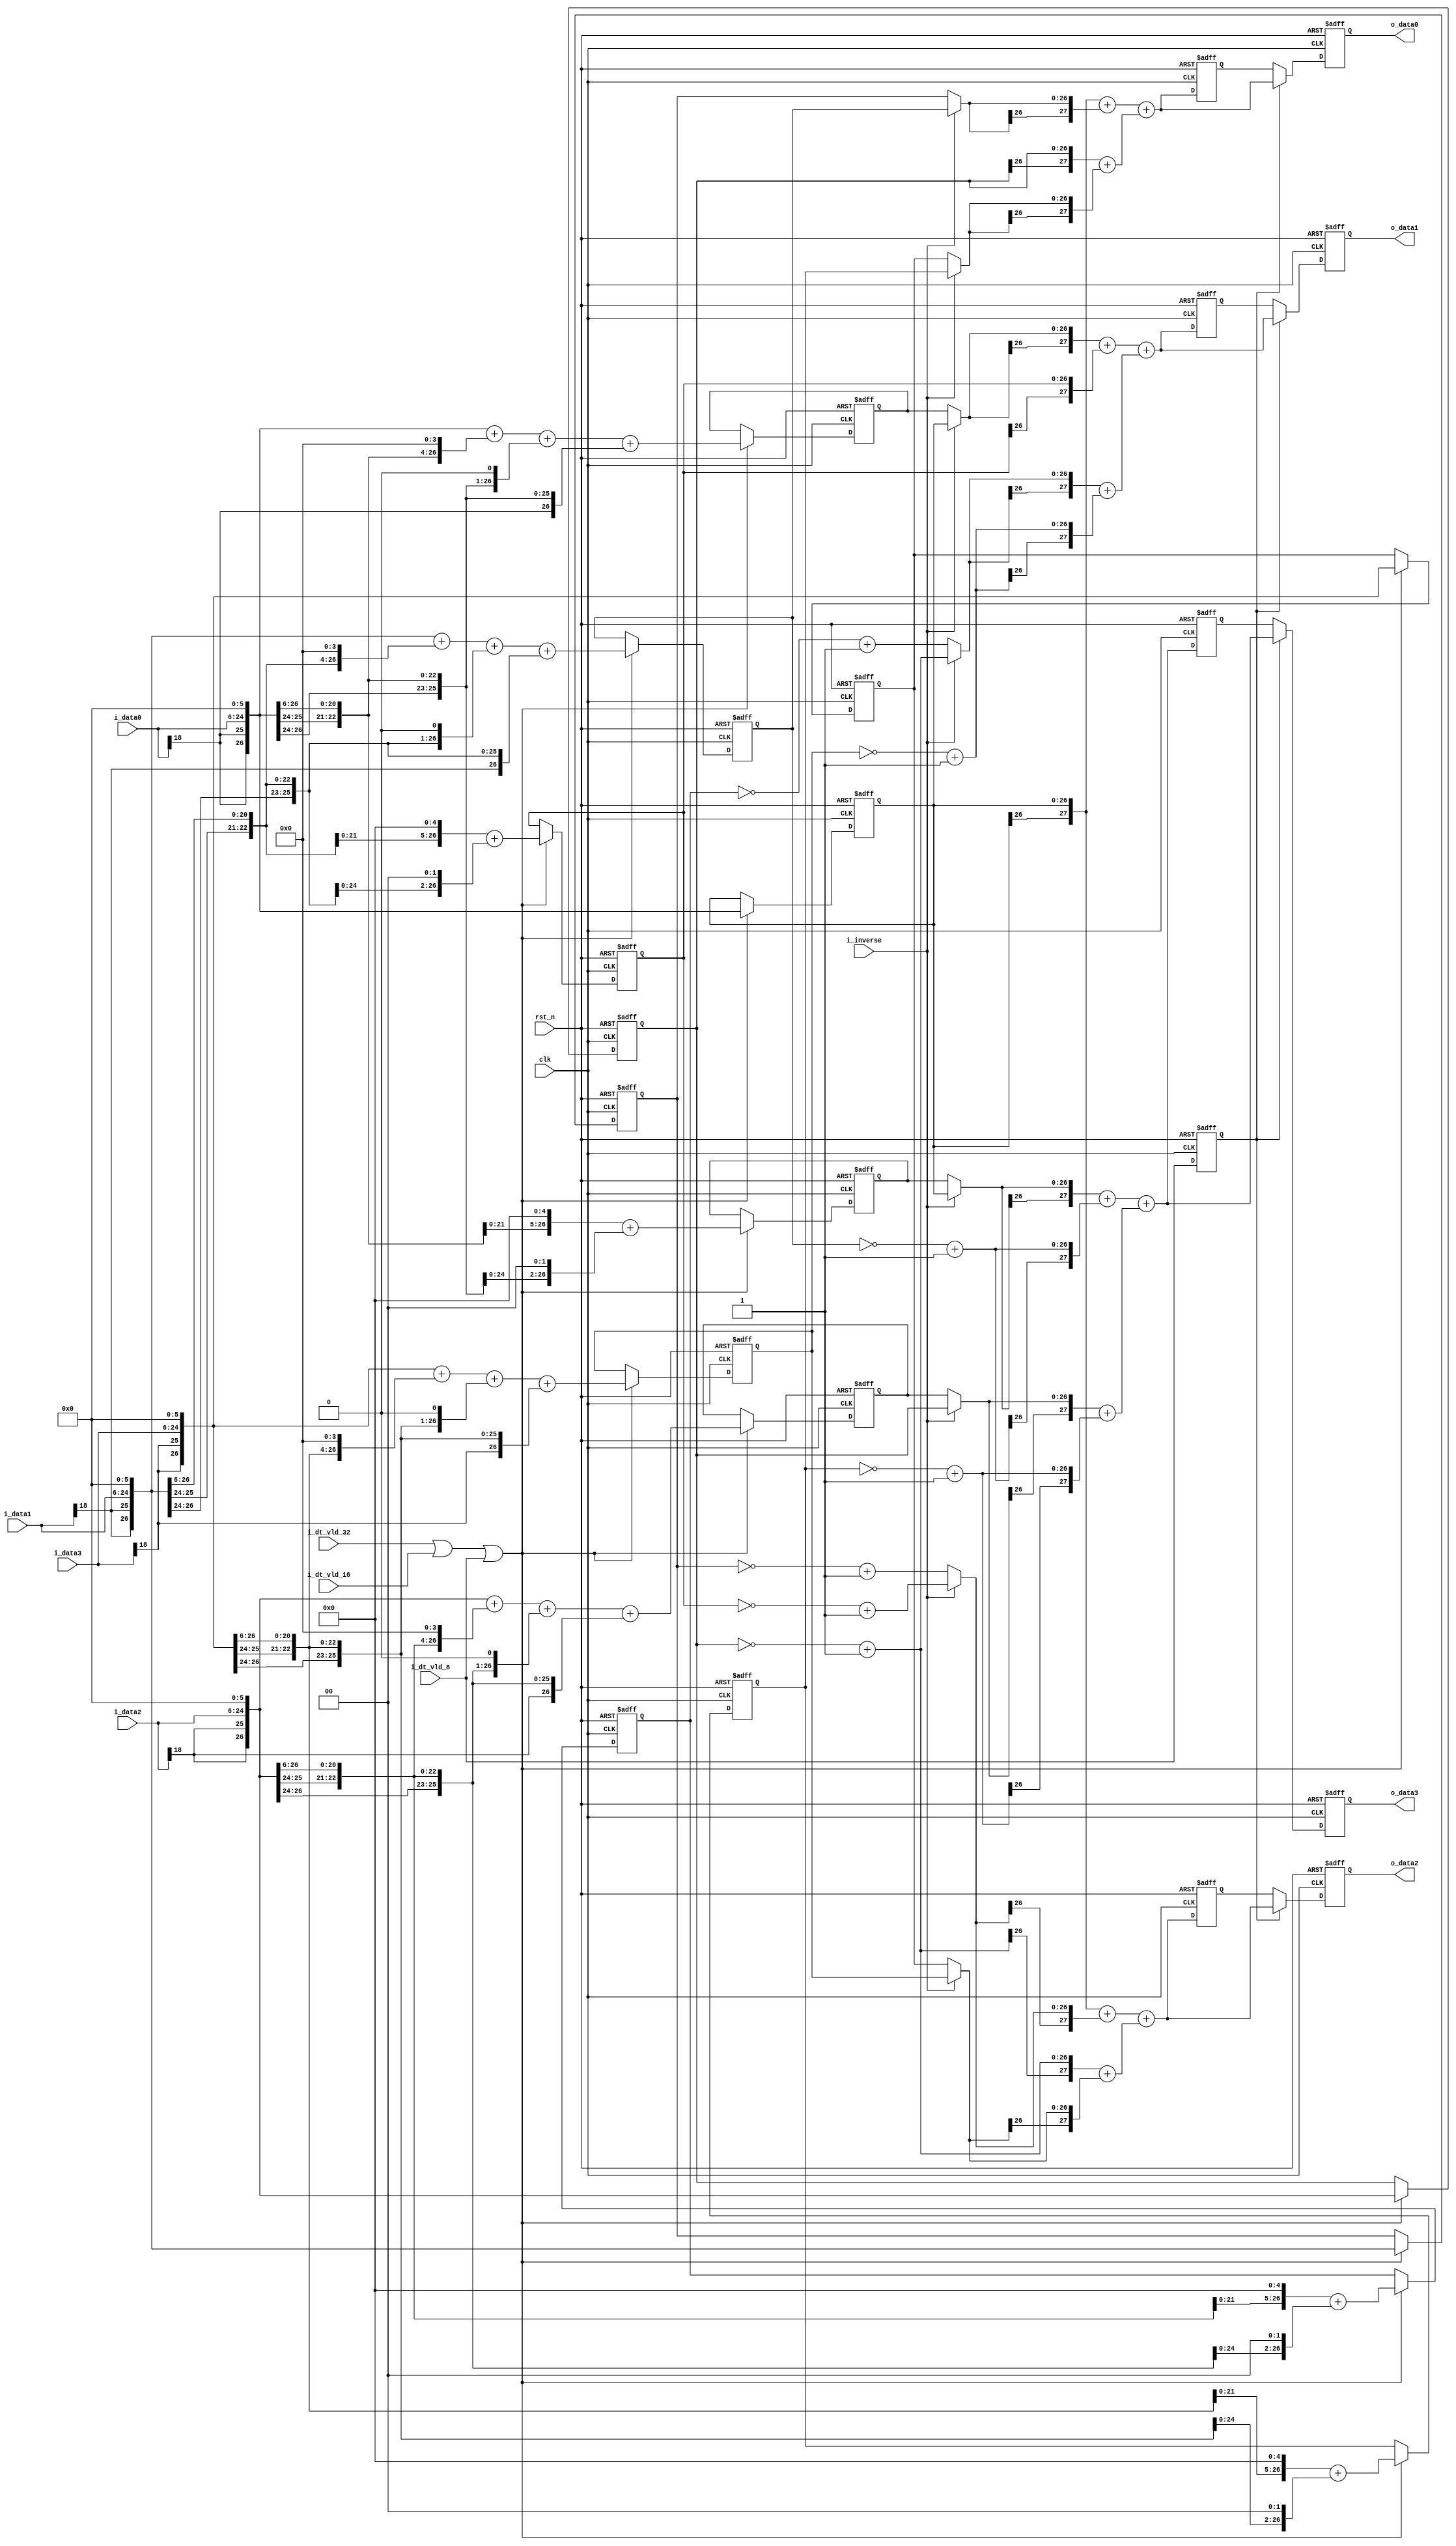
//company       : xm tech
//project name  : H265
//top module    : dct_top_2d.v
//data          : 2018.01.15
//delay         : 1 clk 
//describe      :
//modification  :
//v1.0          :

module re_level3(
	clk            ,
	rst_n          ,
	i_inverse      ,
	i_dt_vld_32    ,//data valid
        i_dt_vld_16    ,
        i_dt_vld_8     ,
	i_data0	       ,
	i_data1	       ,
	i_data2	       ,
	i_data3	       ,
//-------------a4----------//
	o_data0     ,  
        o_data1     ,
        o_data2     , 
        o_data3   
);

input   	clk            ;
input   	rst_n          ;
input           i_inverse      ;
input [18:0]	i_data0	       ;
input [18:0]    i_data1        ;
input [18:0]    i_data2        ;
input [18:0]    i_data3        ;
input  	        i_dt_vld_32     ;
input           i_dt_vld_16     ;
input           i_dt_vld_8      ;

//---------------dct32x32 dct16x16 dct8x8---------------//
output  [27:0]     o_data0     ;
output  [27:0]     o_data1     ; 
output  [27:0]     o_data2     ;
output  [27:0]     o_data3     ; 
//---------------------row0--------------------------//
reg                dt_vld8_d1  ;
wire [26:0]        data0_64    ;               
wire [26:0]        data0_2     ;
wire [26:0]        data0_16    ;
wire [26:0]        data0       ;
wire [26:0]        data0_83    ;
wire [26:0]        data0_4     ;
wire [26:0]        data0_32    ;
wire [26:0]        data0_36    ;
wire [26:0]        data1_64    ;
wire [26:0]        data1_16    ;
wire [26:0]        data1_2     ;
wire [26:0]        data1       ;
wire [26:0]        data1_83    ;
wire [26:0]        data1_32    ;
wire [26:0]        data1_4     ;
wire [26:0]        data1_36    ;
wire [26:0]        data2_64    ;
wire [26:0]        data2_16    ;
wire [26:0]        data2_2     ;
wire [26:0]        data2       ;
wire [26:0]        data2_83    ;
wire [26:0]        data2_32    ;
wire [26:0]        data2_4     ;
wire [26:0]        data2_36    ;
wire [26:0]        data3_64    ;
wire [26:0]        data3_16    ;
wire [26:0]        data3_2     ;
wire [26:0]        data3       ;
wire [26:0]        data3_83    ;
wire [26:0]        data3_32    ;
wire [26:0]        data3_4     ;
wire [26:0]        data3_36    ;
//---------------------------//
reg  [26:0]        data0_64_d1 ;
reg  [26:0]        data0_83_d1 ;
reg  [26:0]        data0_36_d1 ;

reg  [26:0]        data1_64_d1 ;
reg  [26:0]        data1_83_d1 ;
reg  [26:0]        data1_36_d1 ;

reg  [26:0]        data2_64_d1 ;
reg  [26:0]        data2_83_d1 ;
reg  [26:0]        data2_36_d1 ;

reg  [26:0]        data3_64_d1 ;
reg  [26:0]        data3_83_d1 ;
reg  [26:0]        data3_36_d1 ;

//--------------------------row0----------------------//
wire [26:0]     data0_row0      ;
wire [26:0]     data1_row0      ; 
wire [26:0]     data2_row0      ;
wire [26:0]     data3_row0      ;
wire [27:0]     data_row0_stp0  ;
wire [27:0]     data_row0_stp1  ;
wire [27:0]     data_row0       ;
reg  [27:0]     data_row0_d1    ;
reg  [27:0]     o_data0         ;
//--------------------------row1----------------------//

wire [26:0]     data0_row1      ;
wire [26:0]     data1_row1      ; 
wire [26:0]     data2_row1      ;
wire [26:0]     data3_row1      ;
wire [27:0]     data_row1_stp0  ;
wire [27:0]     data_row1_stp1  ;
wire [27:0]     data_row1       ;
reg  [27:0]     data_row1_d1    ;
reg  [27:0]     o_data1         ;
//--------------------------row2----------------------//

wire [26:0]     data0_row2      ;
wire [26:0]     data1_row2      ; 
wire [26:0]     data2_row2      ;
wire [26:0]     data3_row2      ;
wire [27:0]     data_row2_stp0  ;
wire [27:0]     data_row2_stp1  ;
wire [27:0]     data_row2       ;
reg  [27:0]     data_row2_d1    ;
reg  [27:0]     o_data2         ;
//--------------------------row3------------------------//

wire [26:0]     data0_row3      ;
wire [26:0]     data1_row3      ; 
wire [26:0]     data2_row3      ;
wire [26:0]     data3_row3      ;
wire [27:0]     data_row3_stp0  ;
wire [27:0]     data_row3_stp1  ;
wire [27:0]     data_row3       ;
reg  [27:0]     data_row3_d1    ;
reg  [27:0]     o_data3         ;

//---------------------------------------------------//
always @(posedge clk or negedge rst_n)
begin
	if(!rst_n)
		dt_vld8_d1 <= 1'b0;
	else
		dt_vld8_d1 <= i_dt_vld_8;
end 

//data0
assign data0_64 = {{2{i_data0[18]}},i_data0,6'd0};

assign data0_2  = {{7{i_data0[18]}},i_data0,1'd0};
assign data0_16 = {{4{i_data0[18]}},i_data0,4'd0};
assign data0    = {{8{i_data0[18]}},i_data0};
assign data0_83 = data0_64 + data0_16 + data0_2 + data0;

assign data0_4  = {{6{i_data0[18]}},i_data0,2'd0};
assign data0_32 = {{3{i_data0[18]}},i_data0,5'd0};
assign data0_36 = data0_32 + data0_4;

//data1
assign data1_64 = {{2{i_data1[18]}},i_data1,6'd0};

assign data1_16 = {{4{i_data1[18]}},i_data1,4'd0};
assign data1_2  = {{7{i_data1[18]}},i_data1,1'd0};
assign data1    = {{8{i_data1[18]}},i_data1};
assign data1_83 = data1_64 + data1_16 + data1_2 + data1;

assign data1_32 = {{3{i_data1[18]}},i_data1,5'd0};
assign data1_4  = {{6{i_data1[18]}},i_data1,2'd0};
assign data1_36 = data1_32 + data1_4;
//data2
assign data2_64 = {{2{i_data2[18]}},i_data2,6'd0};

assign data2_16 = {{4{i_data2[18]}},i_data2,4'd0};
assign data2_2  = {{7{i_data2[18]}},i_data2,1'd0};
assign data2    = {{8{i_data2[18]}},i_data2};
assign data2_83 = data2_64 + data2_16 + data2_2 + data2;

assign data2_32 = {{3{i_data2[18]}},i_data2,5'd0};
assign data2_4  = {{6{i_data2[18]}},i_data2,2'd0};
assign data2_36 = data2_32 + data2_4;

//data3
assign data3_64 = {{2{i_data3[18]}},i_data3,6'd0};

assign data3_16 = {{4{i_data3[18]}},i_data3,4'd0};
assign data3_2  = {{7{i_data3[18]}},i_data3,1'd0};
assign data3    = {{8{i_data3[18]}},i_data3};
assign data3_83 = data3_64 + data3_16 + data3_2 + data3;

assign data3_32 = {{3{i_data3[18]}},i_data3,5'd0};
assign data3_4  = {{6{i_data3[18]}},i_data3,2'd0};
assign data3_36 = data3_32 + data3_4;

//---------delay---------//
//data0
always @(posedge clk or negedge rst_n)
begin
	if(!rst_n)
		data0_64_d1 <= 27'd0;
	else if(i_dt_vld_32 || i_dt_vld_16 || i_dt_vld_8)
		data0_64_d1 <= data0_64;
end

always @(posedge clk or negedge rst_n)
begin
	if(!rst_n)
		data0_83_d1 <= 27'd0;
	else if(i_dt_vld_32 || i_dt_vld_16 || i_dt_vld_8)
		data0_83_d1 <= data0_83;

end

always @(posedge clk or negedge rst_n)
begin
	if(!rst_n)
		data0_36_d1 <= 27'd0;
	else if(i_dt_vld_32 || i_dt_vld_16 || i_dt_vld_8)
		data0_36_d1 <= data0_36;
end
//data1

always @(posedge clk or negedge rst_n)
begin
	if(!rst_n)
		data1_64_d1 <= 27'd0;
	else if(i_dt_vld_32 || i_dt_vld_16 || i_dt_vld_8)
		data1_64_d1 <= data1_64;
end

always @(posedge clk or negedge rst_n)
begin
	if(!rst_n)
		data1_83_d1 <= 27'd0;
	else if(i_dt_vld_32 || i_dt_vld_16 || i_dt_vld_8)
		data1_83_d1 <= data1_83;
end

always @(posedge clk or negedge rst_n)
begin
	if(!rst_n)
		data1_36_d1 <= 27'd0;
	else if(i_dt_vld_32 || i_dt_vld_16 || i_dt_vld_8)
		data1_36_d1 <= data1_36;
end
//data2

always @(posedge clk or negedge rst_n)
begin
	if(!rst_n)
		data2_64_d1 <= 27'd0;
	else if(i_dt_vld_32 || i_dt_vld_16 || i_dt_vld_8)
		data2_64_d1 <= data2_64;
end

always @(posedge clk or negedge rst_n)
begin
	if(!rst_n)
		data2_36_d1 <= 27'd0;
	else if(i_dt_vld_32 || i_dt_vld_16 || i_dt_vld_8)
		data2_36_d1 <= data2_36;

end

always @(posedge clk or negedge rst_n)
begin
	if(!rst_n)
		data2_83_d1 <= 27'd0;
	else if(i_dt_vld_32 || i_dt_vld_16 || i_dt_vld_8)
		data2_83_d1 <= data2_83;

end
//data3
always @(posedge clk or negedge rst_n)
begin
	if(!rst_n)
		data3_64_d1 <= 27'd0;
	else if(i_dt_vld_32 || i_dt_vld_16 || i_dt_vld_8)
		data3_64_d1 <= data3_64;

end

always @(posedge clk or negedge rst_n)
begin
	if(!rst_n)
		data3_36_d1 <= 27'd0;
	else if(i_dt_vld_32 || i_dt_vld_16 || i_dt_vld_8)
		data3_36_d1 <= data3_36;

end

always @(posedge clk or negedge rst_n)
begin
	if(!rst_n)
		data3_83_d1 <= 27'd0;
	else if(i_dt_vld_32 || i_dt_vld_16 || i_dt_vld_8)
		data3_83_d1 <= data3_83;
end
//---------------------------row0---------------------------//

assign data0_row0 = data0_64_d1;
assign data1_row0 = i_inverse? data1_83_d1 : data1_64_d1;
assign data2_row0 = data2_64_d1;
assign data3_row0 = i_inverse? data3_36_d1 : data3_64_d1;

assign data_row0_stp0 = {data0_row0[26],data0_row0} + {data1_row0[26],data1_row0};
assign data_row0_stp1 = {data2_row0[26],data2_row0} + {data3_row0[26],data3_row0};
assign data_row0      = data_row0_stp0 + data_row0_stp1;

always @(posedge clk or negedge rst_n)
begin
	if(!rst_n)
		data_row0_d1 <= 28'd0;
	else
		data_row0_d1 <= data_row0;
end 

always @(posedge clk or negedge rst_n)
begin
	if(!rst_n)
		o_data0 <= 28'd0;
	else if(dt_vld8_d1)
		o_data0 <= data_row0;
	else
		o_data0 <= data_row0_d1;	
end 		

//---------------------------row1-----------------------------//
assign data0_row1 = i_inverse? data0_64_d1 : data0_83_d1;
assign data1_row1 = data1_36_d1;
assign data2_row1 = i_inverse? (~data2_64_d1 + 1'b1) :(~data2_36_d1 + 1'b1);
assign data3_row1 = ~data3_83_d1 + 1'b1;

assign data_row1_stp0 = {data0_row1[26],data0_row1} + {data1_row1[26],data1_row1};
assign data_row1_stp1 = {data2_row1[26],data2_row1} + {data3_row1[26],data3_row1};
assign data_row1      = data_row1_stp0 + data_row1_stp1;

always @(posedge clk or negedge rst_n)
begin
	if(!rst_n)
		data_row1_d1 <= 28'd0;
	else
		data_row1_d1 <= data_row1;
end 

always @(posedge clk or negedge rst_n)
begin
	if(!rst_n)
		o_data1 <= 28'd0;
	else if(dt_vld8_d1)
		o_data1 <= data_row1;
	else
		o_data1 <= data_row1_d1;	
end 		

//---------------------------row2-----------------------------//

assign data0_row2 = data0_64_d1;
assign data1_row2 = i_inverse? (~data1_36_d1 +1'b1) : (~data1_64_d1 + 1'b1);
assign data2_row2 = ~data2_64_d1 + 1'b1;
assign data3_row2 = i_inverse? data3_83_d1: data3_64_d1;

assign data_row2_stp0 = {data0_row2[26],data0_row2} + {data1_row2[26],data1_row2};
assign data_row2_stp1 = {data2_row2[26],data2_row2} + {data3_row2[26],data3_row2};
assign data_row2      = data_row2_stp0 + data_row2_stp1;
always @(posedge clk or negedge rst_n)
begin
	if(!rst_n)
		data_row2_d1 <= 28'd0;
	else
		data_row2_d1 <= data_row2;
end 

always @(posedge clk or negedge rst_n)
begin
	if(!rst_n)
		o_data2 <= 28'd0;
	else if(dt_vld8_d1)
		o_data2 <= data_row2;
	else
		o_data2 <= data_row2_d1;	
end 		

//---------------------------row3-----------------------------//

assign data0_row3 = i_inverse ? data0_64_d1 : data0_36_d1;
assign data1_row3 = ~data1_83_d1 + 1'b1;
assign data2_row3 = i_inverse ? data2_64_d1 : data2_83_d1;
assign data3_row3 = ~data3_36_d1 + 1'b1;

assign data_row3_stp0 = {data0_row3[26],data0_row3} + {data1_row3[26],data1_row3};
assign data_row3_stp1 = {data2_row3[26],data2_row3} + {data3_row3[26],data3_row3};
assign data_row3      = data_row3_stp0 + data_row3_stp1;

always @(posedge clk or negedge rst_n)
begin
	if(!rst_n)
		data_row3_d1 <= 28'd0;
	else
		data_row3_d1 <= data_row3;
end 

always @(posedge clk or negedge rst_n)
begin
	if(!rst_n)
		o_data3 <= 28'd0;
	else if(dt_vld8_d1)
		o_data3 <= data_row3;
	else
		o_data3 <= data_row3_d1;	
end 		


endmodule